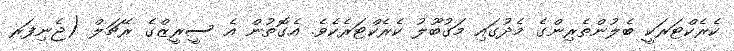
ކެރެކްޓަރަކީ ބެލުންތެރިންގެ މެދުގައި މަގުބޫލު ކެރެކްޓަރެކެވެ. އެގޮތުން އެ ސީރީޒްގެ ރޭޗަލް (ޖެނިފަރ